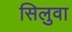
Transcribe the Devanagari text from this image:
सिलुवा